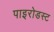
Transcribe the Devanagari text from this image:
पाइरोडस्ट